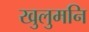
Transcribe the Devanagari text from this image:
खुलुमनि